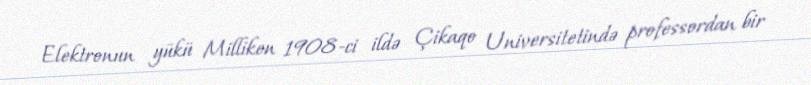
Elektronun yükü Milliken 1908-ci ildə Çikaqo Universitetində professordan bir